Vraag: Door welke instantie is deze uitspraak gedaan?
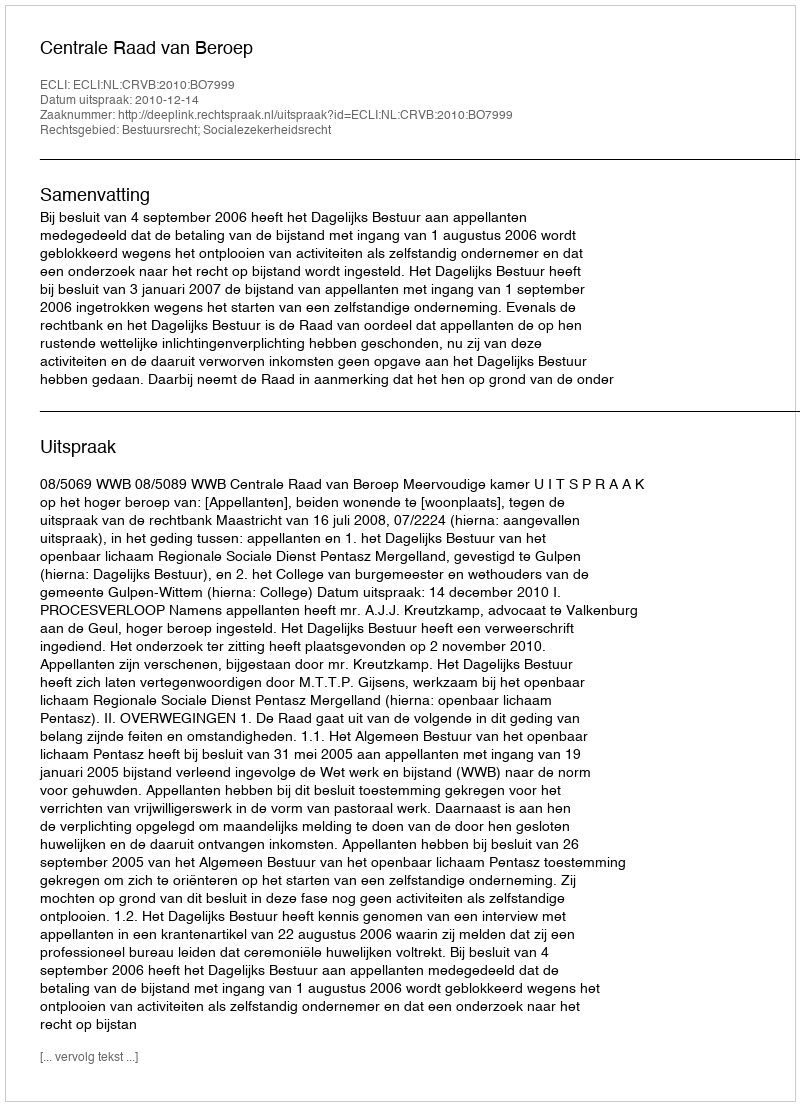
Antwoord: Centrale Raad van Beroep